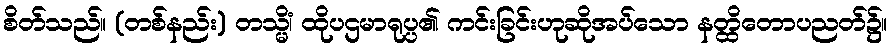
စိတ်သည်။ (တစ်နည်း) တသ္မိံ၊ ထိုပဌမာရုပ္ပ၏ ကင်းခြင်းဟုဆိုအပ်သော နတ္ထိတောပညတ်၌။